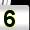
Digit: 5